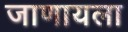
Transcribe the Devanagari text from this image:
जाणायला